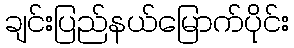
ချင်းပြည်နယ်မြောက်ပိုင်း